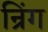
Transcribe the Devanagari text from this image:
न्रिंग